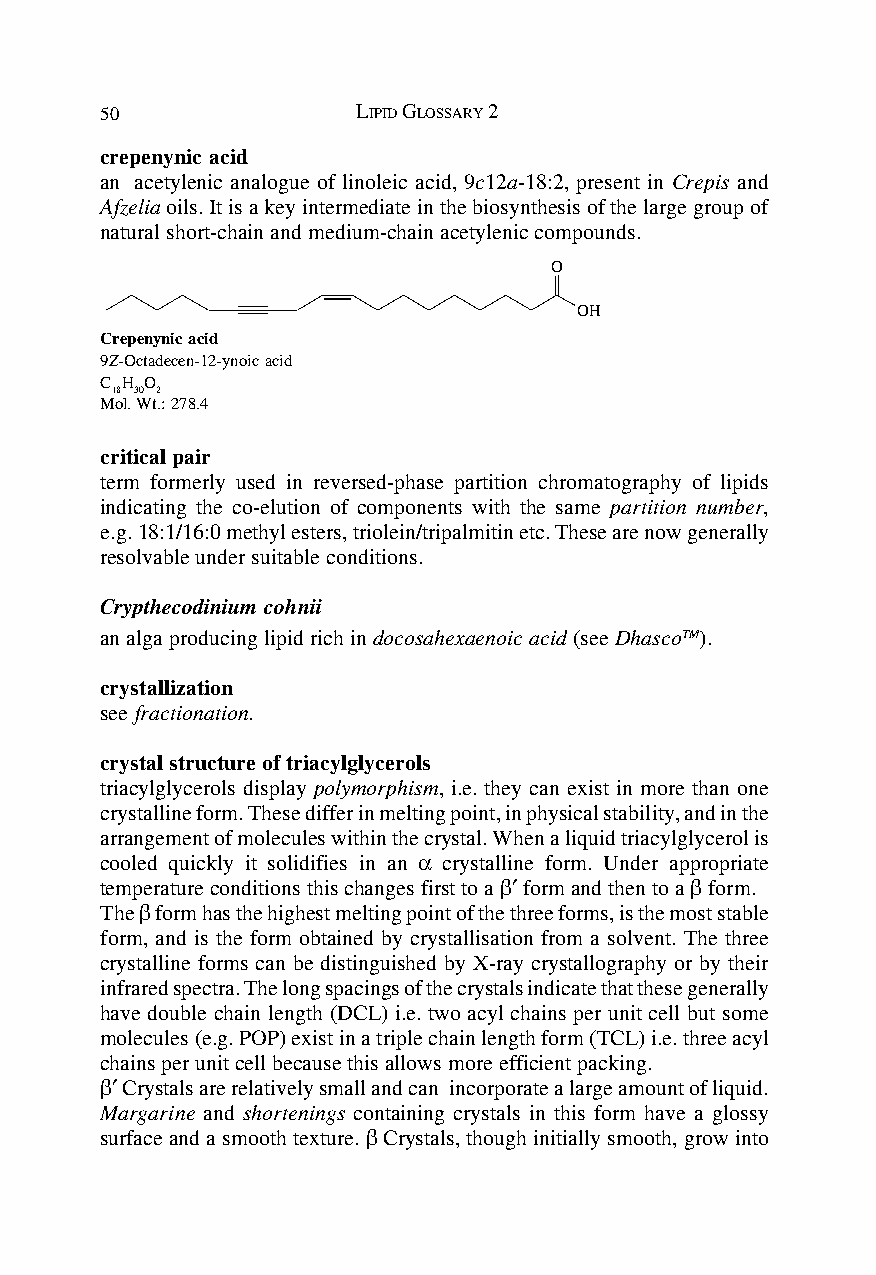
50               LIPID GLOSSARY 2
 crepenynic acid
 an acetylenic analogue of linoleic acid, 9c12a-18:2, present in Crepis and
 Afzelia oils. It is a key intermediate in the biosynthesis of the large group of
 natural short-chain and medium-chain acetylenic compounds.
 O
 OH
 Crepenynic acid
 9Z-Octadecen-12-ynoic acid
 C H O
 18 30 2
 Mol. Wt.: 278.4
 critical pair
 term formerly used in reversed-phase partition chromatography of lipids
 indicating the co-elution of components with the same partition number,
 e.g. 18:1/16:0 methyl esters, triolein/tripalmitin etc. These are now generally
 resolvable under suitable conditions.
 Crypthecodinium cohnii
 an alga producing lipid rich in docosahexaenoic acid (see DhascoTM).
 crystallization
 see fractionation.
 crystal structure of triacylglycerols
 triacylglycerols display polymorphism, i.e. they can exist in more than one
 crystalline form. These differ in melting point, in physical stability, and in the
 arrangement of molecules within the crystal. When a liquid triacylglycerol is
 cooled quickly it solidifies in an α crystalline form. Under appropriate
 temperature conditions this changes first to a β′ form and then to a β form.
 The β form has the highest melting point of the three forms, is the most stable
 form, and is the form obtained by crystallisation from a solvent. The three
 crystalline forms can be distinguished by X-ray crystallography or by their
 infrared spectra. The long spacings of the crystals indicate that these generally
 have double chain length (DCL) i.e. two acyl chains per unit cell but some
 molecules (e.g. POP) exist in a triple chain length form (TCL) i.e. three acyl
 chains per unit cell because this allows more efficient packing.
 β′ Crystals are relatively small and can incorporate a large amount of liquid.
 Margarine and shortenings containing crystals in this form have a glossy
 surface and a smooth texture. β Crystals, though initially smooth, grow into